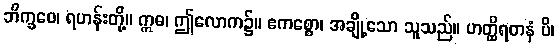
ဘိက္ခဝေ၊ ရဟန်းတို့။ ဣဓ၊ ဤလောက၌။ ဧကစ္စော၊ အချို့သော သူသည်။ ဟတ္ထိရတနံ ပိ၊